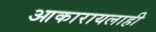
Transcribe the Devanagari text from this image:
आकारायलाही